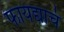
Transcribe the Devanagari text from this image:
फायद्याचं